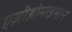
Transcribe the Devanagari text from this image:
एज़ीथ्रोमाइसीन